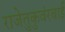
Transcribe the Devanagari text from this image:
राजेतुकुवंरबाई